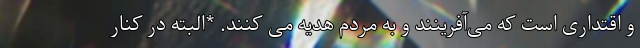
و اقتداری است که می‌آفرینند و به مردم هدیه می کنند. *البته در کنار